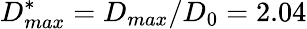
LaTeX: D_{max}^{*}=D_{max}/D_{0}=2.04